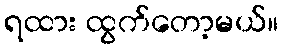
ရထား ထွက်တော့မယ်။